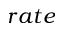
r a t e